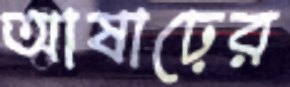
আষাঢ়ের